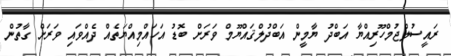
ރައީސުލްޖުމްހޫރިއްޔާ އަބްދު ޔާމީން އަބްދުލްޤައްޔޫމް ވަރަށް ބޮޑު އަހައްމިއްޔަތެއް ދެއްވައި ވަރަށް ގާތުން